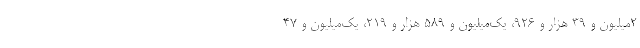
2میلیون و 39 هزار و 926، یک‌میلیون و 589 هزار و 219، یک‌میلیون و 47